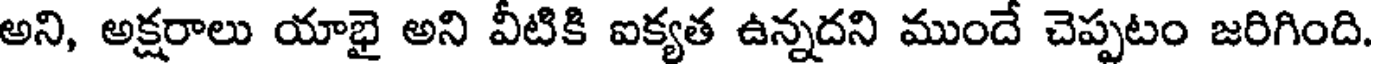
అని, అక్షరాలు యాభై అని వీటికి ఐక్యత ఉన్నదని ముందే చెప్పటం జరిగింది